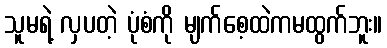
သူမရဲ့ လှပတဲ့ ပုံစံကို မျက်စေ့ထဲကမထွက်ဘူး။